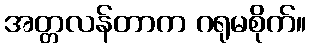
အတ္တလန်တာက ဂရုမစိုက်။